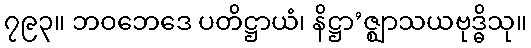
၇၉၃။ ဘဝဘေဒေ ပတိဋ္ဌာယံ၊ နိဋ္ဌာ’ဇ္ဈာသယဗုဒ္ဓိသု။